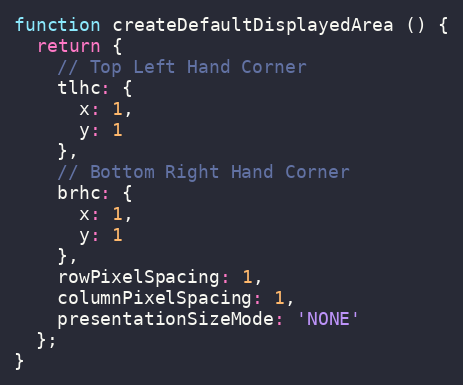
Language: JavaScript
function createDefaultDisplayedArea () {
  return {
    // Top Left Hand Corner
    tlhc: {
      x: 1,
      y: 1
    },
    // Bottom Right Hand Corner
    brhc: {
      x: 1,
      y: 1
    },
    rowPixelSpacing: 1,
    columnPixelSpacing: 1,
    presentationSizeMode: 'NONE'
  };
}